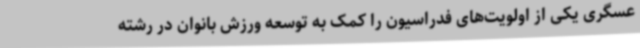
عسگری یکی از اولویت‌های فدراسیون را کمک به توسعه ورزش بانوان در رشته